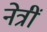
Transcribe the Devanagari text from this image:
नेत्रीं